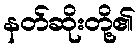
နတ်ဆိုးတို့၏